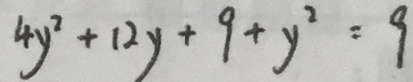
4 y ^ { 2 } + 1 2 y + 9 + y ^ { 2 } = 9